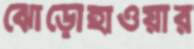
ঝোড়োহাওয়ার